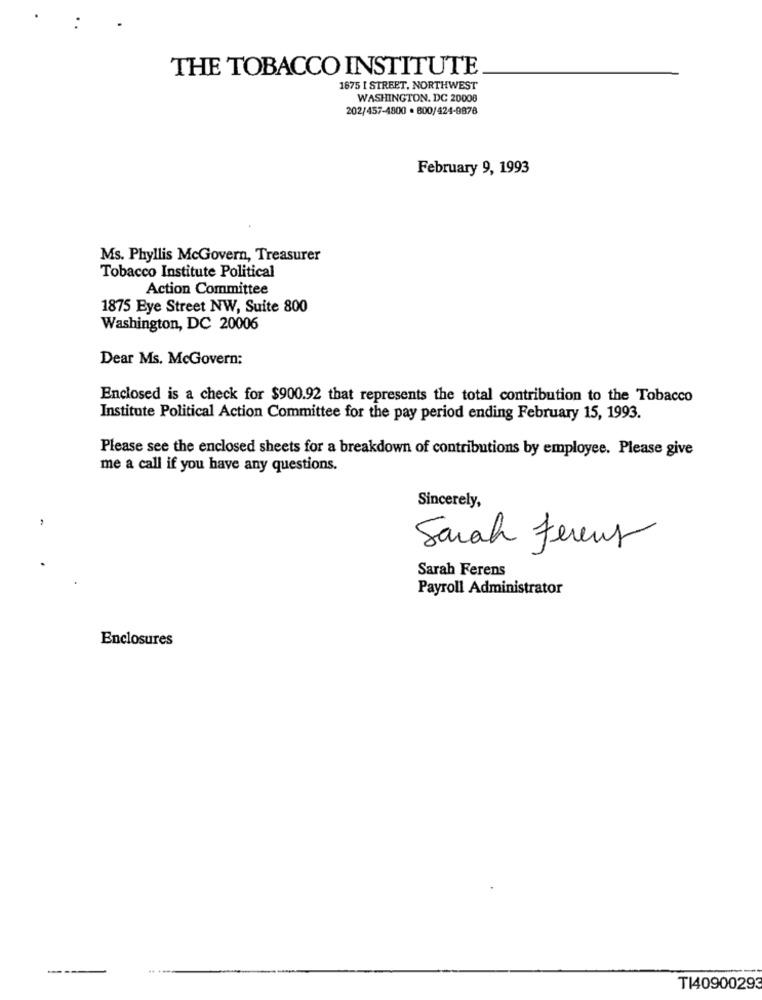
THE TOBACCO INSTITUTE
1875 I STREET, NORTHWEST
WASHINGTON, DC 20008
202/457-4800 · 800/424-9878
February 9, 1993
Ms. Phyllis McGovern, Treasurer
Tobacco Institute Political
Action Committee
1875 Eye Street NW, Suite 800
Washington, DC 20006
Dear Ms. McGovern:
Enclosed is a check for $900.92 that represents the total contribution to the Tobacco
Institute Political Action Committee for the pay period ending February 15, 1993.
Please see the enclosed sheets for a breakdown of contributions by employee. Please give
me a call if you have any questions.
Sincerely,
Sarah Ferens
Sarah Ferens
Payroll Administrator
Enclosures
---
T140900293